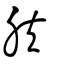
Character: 肤